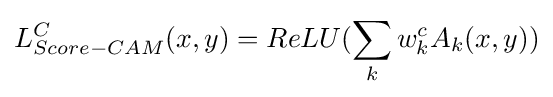
L_{Score-CAM}^{C}(x,y)=ReLU(\sum _{k}w_{k}^{c}A_{k}(x,y))